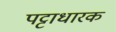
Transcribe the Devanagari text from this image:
पट्टाधारक